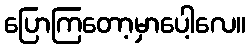
ပြောကြတော့မှာပေါ့လေ။